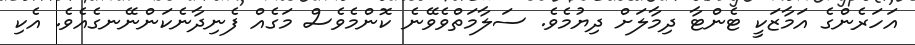
އަހަރެންގެ އަމާޒަކީ ޓެންޓާ ދިމާލަށް ދިޔުމެވެ. ސަލާމަތްވެވޭނެ ކޮންމެވެސް މަގެއް ފެނިދާނެކަންނޭނގެއެވެ. އެކި